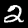
Digit: 2